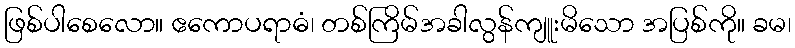
ဖြစ်ပါစေလော။ ဧကောပရာဓံ၊ တစ်ကြိမ်အခါလွန်ကျူးမိသော အပြစ်ကို။ ခမ၊